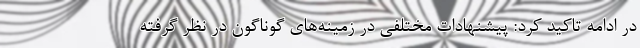
در ادامه تاکید کرد: پیشنهادات مختلفی در زمینه‌های گوناگون در نظر گرفته